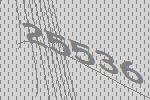
25536